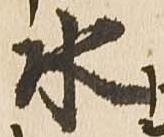
水